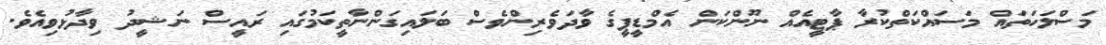
މަސްލަހަތައް މަސައްކަތްކުރާ ޕާޓީއެއް ނޫންކަން އެމްޑީޕީގެ ވާދަވެރިންވެސް ބަލައިގަންނާތީކަމުގައި ރައީސް ނަޝީދު ވިދާޅުވިއެވެ.